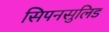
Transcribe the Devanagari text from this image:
सिपनसुलिड